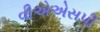
વીએએસપી